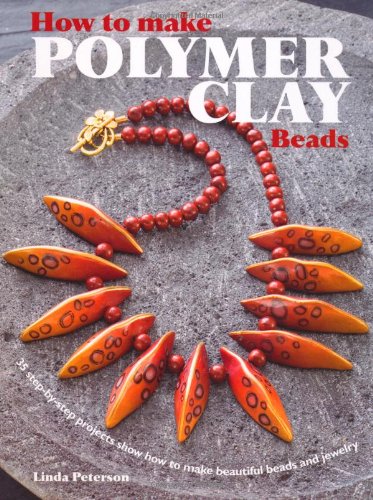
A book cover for How to Make Polymer Clay Beads: 35 Step-By-Step Projects Show How to Make Beautiful Beads and Jewelry; Linda Peterson; Crafts, Hobbies & Home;